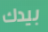
بيدك